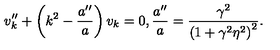
v _ { k } ^ { \prime \prime } + \left( k ^ { 2 } - \frac { a ^ { \prime \prime } } { a } \right) v _ { k } = 0 , \frac { a ^ { \prime \prime } } { a } = \frac { \gamma ^ { 2 } } { \left( 1 + \gamma ^ { 2 } \eta ^ { 2 } \right) ^ { 2 } } .